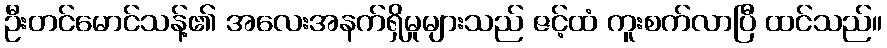
ဦးတင်မောင်သန့်၏ အလေးအနက်ရှိမှုများသည် ဇင့်ထံ ကူးစက်လာပြီ ထင်သည်။